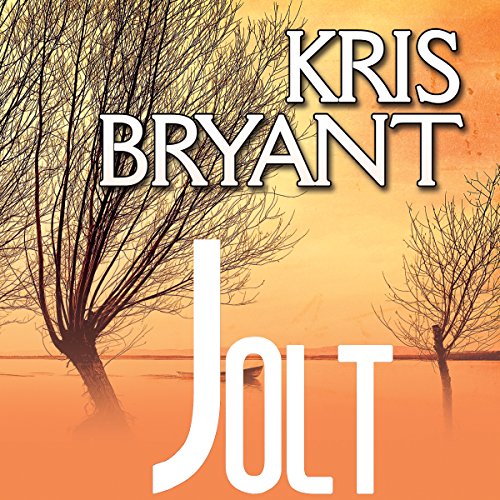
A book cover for Jolt; Kris Bryant; Romance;